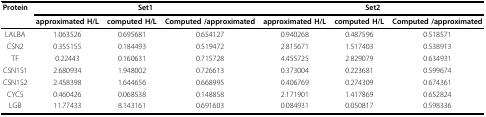
| <ROWSPAN=3> Protein | <COLSPAN=3> Set1 | <COLSPAN=3> Set2 |
 | approximated H/L | computed H/L | Computed /approximated | approximated H/L | computed H/L | Computed /approximated |
 | --- | --- | --- | --- | --- | --- | --- |
 | LALBA | 1.063526 | 0.695681 | 0.654127 | 0.940268 | 0.487596 | 0.518571 |
 | CSN2 | 0.355155 | 0.184493 | 0.519472 | 2.815671 | 1.517403 | 0.538913 |
 | TF | 0.22443 | 0.160631 | 0.715728 | 4.455725 | 2.829079 | 0.634931 |
 | CSN1S1 | 2.680934 | 1.948002 | 0.726613 | 0.373004 | 0.223681 | 0.599674 |
 | CSN1S2 | 2.458398 | 1.644656 | 0.668995 | 0.406769 | 0.274309 | 0.674361 |
 | CYCS | 0.460426 | 0.068538 | 0.148858 | 2.171901 | 1.417869 | 0.652824 |
 | LGB | 11.77433 | 8.143161 | 0.691603 | 0.084931 | 0.050817 | 0.598336 |